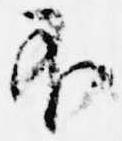
不